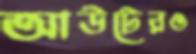
আউটেরও